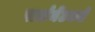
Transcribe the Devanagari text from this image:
पार्लमेंटकडे